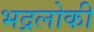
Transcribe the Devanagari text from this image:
भद्रलोकी